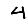
Digit: 4